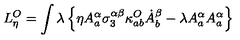
L _ { \eta } ^ { O } = \int \lambda \left\{ \eta A _ { a } ^ { \alpha } \sigma _ { 3 } ^ { \alpha \beta } \kappa _ { a b } ^ { O } \dot { A } _ { b } ^ { \beta } - \lambda A _ { a } ^ { \alpha } A _ { a } ^ { \alpha } \right\}